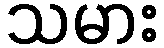
သမား